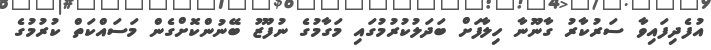
އުފެދިފައިވާ ސަރުކާރު ގާނޫނާ ހިލާފަށް ބަދަލުކުރުމުގައި މަގާމުގެ ނުފޫޒު ބޭނުންކޮށްގެން މަސައްކަތް ކުރުމުގެ